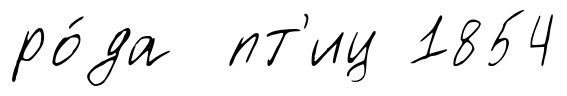
ро́да пт'иц 1854